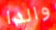
والدا